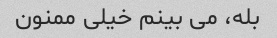
بله، می بینم خیلی ممنون